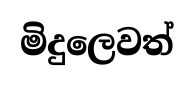
මිදුලෙවත්